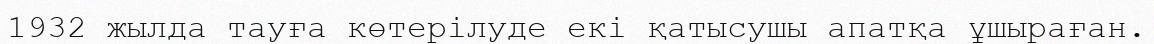
1932 жылда тауға көтерілуде екi қатысушы апатқа ұшыраған.